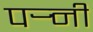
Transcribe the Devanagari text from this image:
पर्‍नी